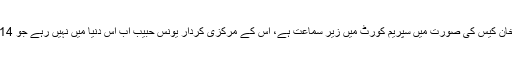
کامران خان نے مہران بینک سکینڈل میں دھوم مچائی،یہ کیس آج بھی اصغر خان کیس کی صورت میں سپریم کورٹ میں زیر سماعت ہے، اس کے مرکزی کردار یونس حبیب اب اس دنیا میں نہیں رہے جو 14کروڑ روپے سیاستدانوں اور دیگر شخصیات میں بانٹنے پر مامور رہے تھے۔